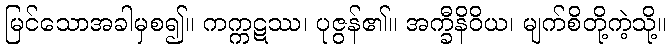
မြင်သောအခါမှစ၍။ ကက္ကဋဿ၊ ပုဇွန်၏။ အက္ခီနိဝိယ၊ မျက်စိတို့ကဲ့သို့။